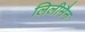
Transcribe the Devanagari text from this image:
लिलीमैन